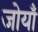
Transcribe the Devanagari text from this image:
जोयाँ